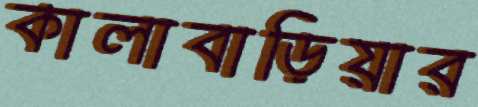
কালাবাড়িয়ার